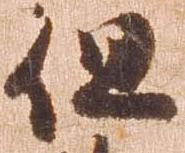
但